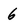
Character: 6